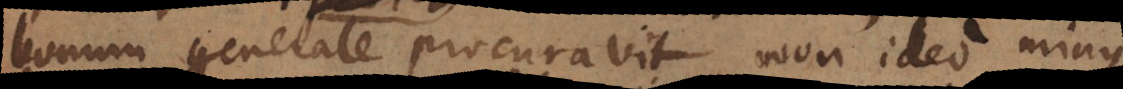
bonum generale procuravit non ideo minus